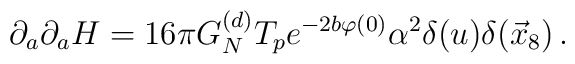
\partial_{a}\partial_{a} H=  16\pi G_N^{(d)}T_{p}   e^{-2b\varphi(0)}\alpha^{2}\delta(u)\delta(\vec{x}_8)\, .